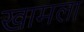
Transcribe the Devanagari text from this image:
खामला